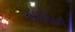
અાયાત